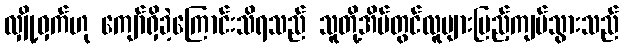
လျှို့ဝှက်ဟု ကျော်ရှိခဲ့ကြောင်းသိရသည် သူတို့အိမ်တွင်လူများပြည့်ကျပ်သွားသည်